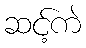
ဆင့်ကဲ